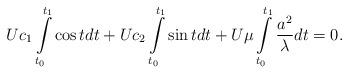
LaTeX: \begin{align*}Uc_1\int\limits_{t_0}^{t_1}\cos t dt+Uc_2\int\limits_{t_0}^{t_1}\sin t dt+U\mu \int\limits_{t_0}^{t_1} \frac{a^2}{\lambda}dt=0.\end{align*}